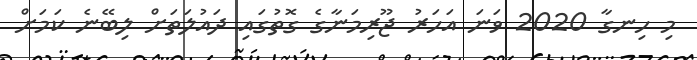
މި ހިނގާ 2020 ވަނަ އަހަރު ޖޫރިމަނާގެ ގޮތުގައި ދައުލަތަށް ލިބޭނެ ކަމަށް